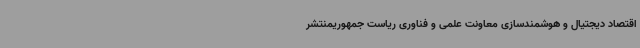
اقتصاد دیجتیال و هوشمندسازی معاونت علمی و فناوری ریاست جمهوریمنتشر